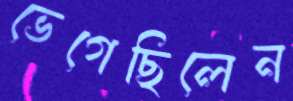
ভেগেছিলেন